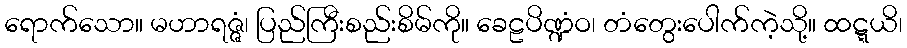
ရောက်သော။ မဟာရဇ္ဇံ၊ ပြည်ကြီးစည်းစိမ်ကို။ ခေဠပိဏ္ဍံဝ၊ တံတွေးပေါက်ကဲ့သို့။ ထဋ္ဋယိ၊